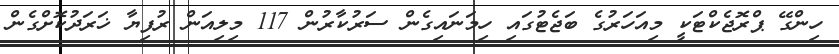
ހިންގޭ ޕްރޮޖެކްޓަކީ މިއަހަރުގެ ބަޖެޓުގައި ހިމަނައިގެން ސަރުކާރުން 117 މިލިއަން ރުފިޔާ ޚަރަދުކޮށްގެން